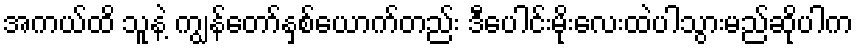
အကယ်ထိ သူနဲ့ ကျွန်တော်နှစ်ယောက်တည်း ဒီပေါင်းမိုးလေးထဲပါသွားမည်ဆိုပါက